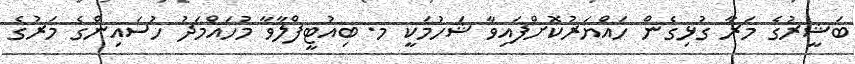
ބަޝީރުގެ މަރާ ގުޅިގެން ހައްޔަރުކޮށްފައިވާ ޝަހުމަކީ މ. ބިއުޓީފްލާވާ މުހައްމަދު ހުސައިންގެ މަރުގެ